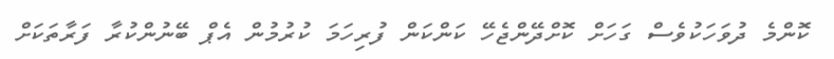
ކޮންމެ ދުވަހަކުވެސް ގަހަށް ކޮށްދޭންޖެހޭ ކަންކަން ފުރިހަމަ ކުރުމުން އެޕް ބޭނުންކުރާ ފަރާތަކަށް